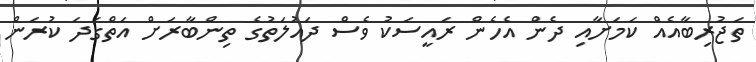
ތަޖުރިބާއެއް ކަމަށާއި ދެން އެހެން ރައީސަކު ވެސް ދައުލަތުގެ ތިންބާރަށް އަތްގަދަ ކުރަން